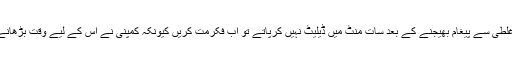
اگرآپ واٹس ایپ پر غلطی سے پیغام بھیجنے کے بعد سات منٹ میں ڈیلیٹ نہیں کرپاتے تو اب فکرمت کریں کیونکہ کمپنی نے اس کے لیے وقت بڑھانے کا فیصلہ کرلیا ہے۔